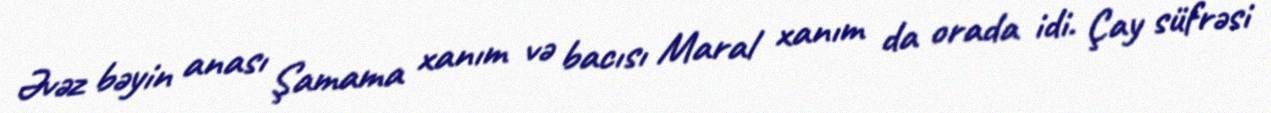
Əvəz bəyin anası Şamama xanım və bacısı Maral xanım da orada idi. Çay süfrəsi